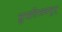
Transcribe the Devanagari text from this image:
सुमतिस्त्वभूत्